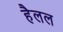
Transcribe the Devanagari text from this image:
हैलल